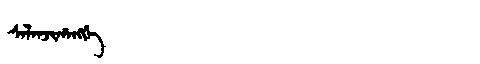
Manchu: ᠰᠠᠯᠠᠨᠵᡳᡥᠠᠩᡤᡝ
Romanization: SALANJIHANGGE